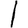
Digit: 1